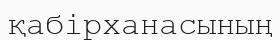
қабірханасының